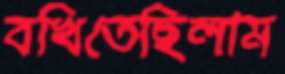
বখিতেছিলাম